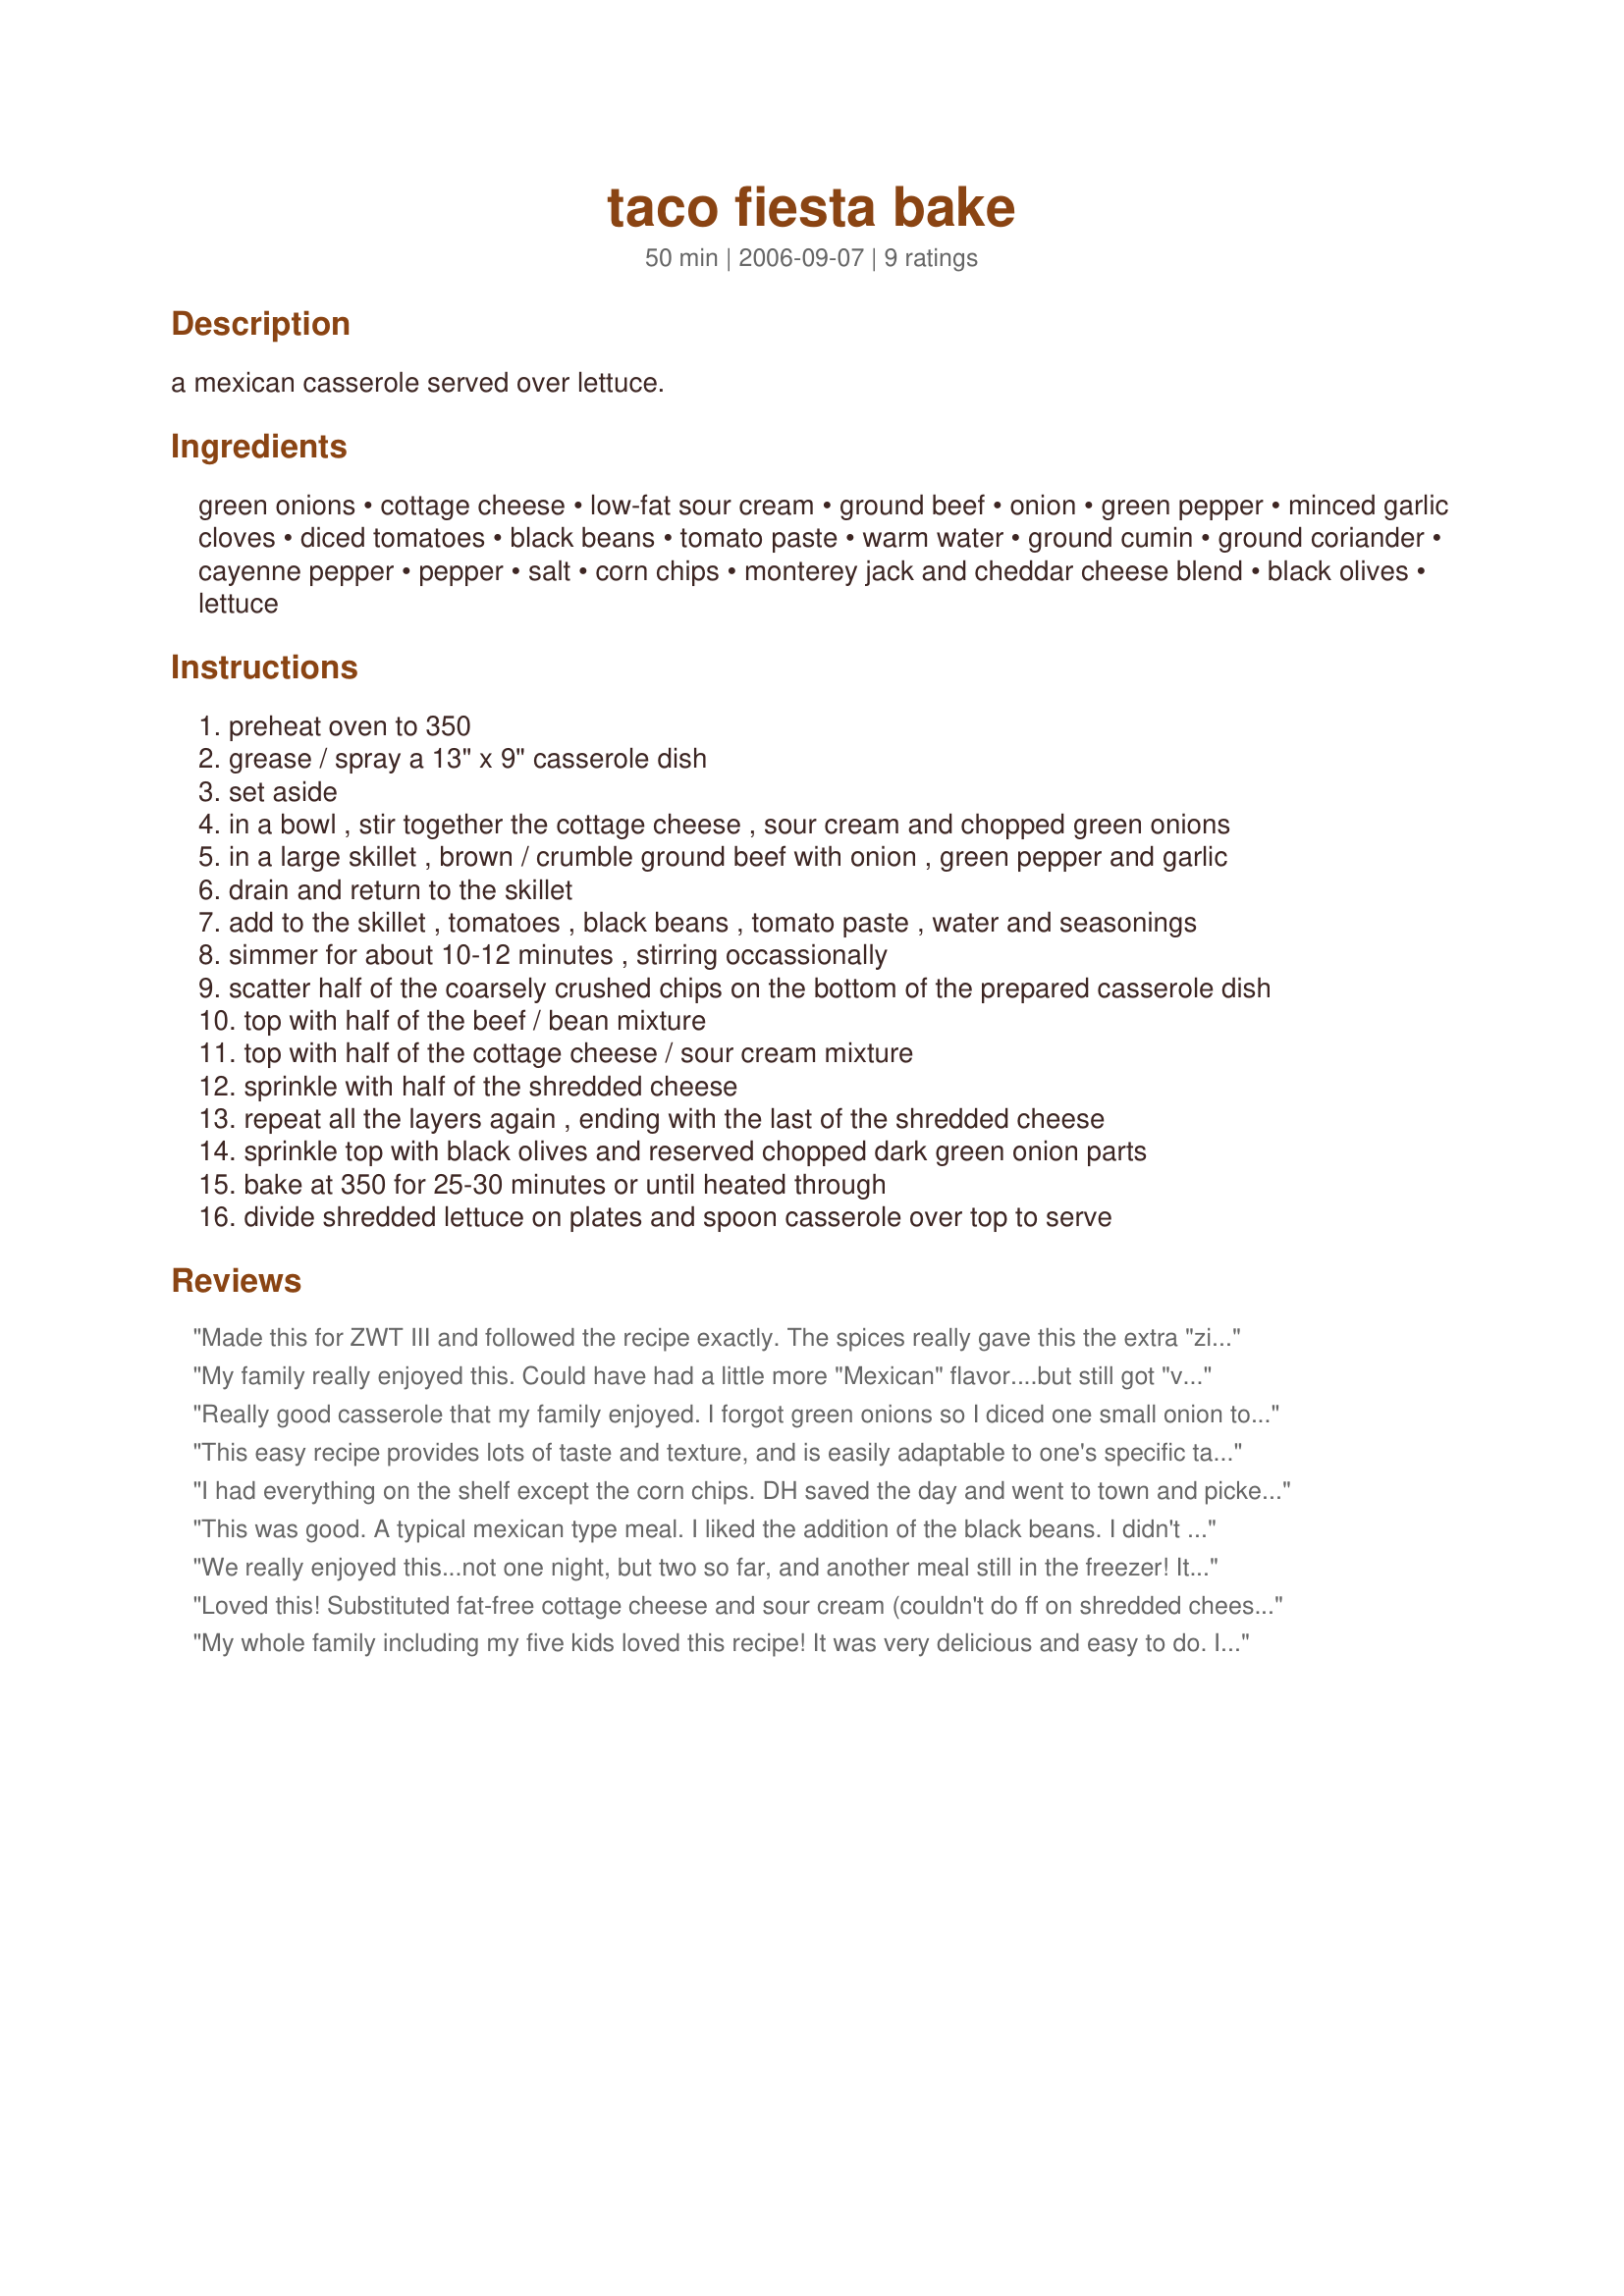
taco fiesta bake
Preparation time: 50 minutes

a mexican casserole served over lettuce.

Ingredients:
green onions, cottage cheese, low-fat sour cream, ground beef, onion, green pepper, minced garlic cloves, diced tomatoes, black beans, tomato paste, warm water, ground cumin, ground coriander, cayenne pepper, pepper, salt, corn chips, monterey jack and cheddar cheese blend, black olives, lettuce

Steps:
preheat oven to 350
grease / spray a 13" x 9" casserole dish
set aside
in a bowl , stir together the cottage cheese , sour cream and chopped green onions
in a large skillet , brown / crumble ground beef with onion , green pepper and garlic
drain and return to the skillet
add to the skillet , tomatoes , black beans , tomato paste , water and seasonings
simmer for about 10-12 minutes , stirring occassionally
scatter half of the coarsely crushed chips on the bottom of the prepared casserole dish
top with half of the beef / bean mixture
top with half of the cottage cheese / sour cream mixture
sprinkle with half of the shredded cheese
repeat all the layers again , ending with the last of the shredded cheese
sprinkle top with black olives and reserved chopped dark green onion parts
bake at 350 for 25-30 minutes or until heated through
divide shredded lettuce on plates and spoon casserole over top to serve

Reviews:
Made this for ZWT III and followed the recipe exactly. The spices really gave this the extra "zing" that my husband loves. I used the new roasted corn Fritoes which also added a little exta to the recipe.

My picky kids really liked it as did my husband who will eat anything. I enjoyed it and actually had someone request the recipe from me before I got it completely put together.

Most certainly a keeper in my book.

Thanks Parsley.
My family really enjoyed this. Could have had a little more "Mexican" flavor....but still got "very goods" from the six of us at supper tonight. Thanks Parsley. PS Served this w/yellow rice and not lettuce.
Really good casserole that my family enjoyed. I forgot green onions so I diced one small onion to put in the cottage cheese and sour cream mixture. Omitted the green pepers and using the Kitchen Information Reference Forum's A to Z Substitution list added lemon pepper and a sprinkle of sage for the coriander. The cayenne pepper I used red pepper flakes and plain tortilla chips. Very easy and quick to put together so would make a nice weeknight meal. Thank you Parsley! Made and reviewed for ZWT5, Bodacious Brickhouse Babes team.
This easy recipe provides lots of taste and texture, and is easily adaptable to one's specific taste. I loved it, and it is now the casserole I take to those who need a meal. Serving over crunchy iceburg lettuce is great - softer lettuces do not work as well. I've frozen a portion to see how well it holds up in the freezer, as I'd like to add it to my OAMC recipes. Thanks for the recipe.
I had everything on the shelf except the corn chips. DH saved the day and went to town and picked up a bag for me. By the time he returned I was ready for them. It went quickly together and into a 375 oven just because I used my stoneware to bake it in. The larger amount of cayenne was just perfect for us. Thank you. Made during * Zaar World Tour 5* 2009 game for team *Genies of Gourmet*
This was good. A typical mexican type meal. I liked the addition of the black beans. I didn't have cottage cheese, so I used ricotta. It comes across as kind of a mexican lasagne.
We really enjoyed this...not one night, but two so far, and another meal still in the freezer! It is hard to halve some recipes....well, not hard, but I don't like 1/2 cans of things left over. Sooooo....I made the whole recipe and glad I did.
I followed the recipe pretty well exactly, except I don't use low-fat anything (my liver wishes I did!) and the only cheese I had was cheddar.
It all worked out very well.
Thanks Parsley!
Loved this! Substituted fat-free cottage cheese and sour cream (couldn't do ff on shredded cheese) - but other than that I followed exactly and it was tremendous! Thanks for posting this one - a keeper!
My whole family including my five kids loved this recipe! It was very delicious and easy to do. I did make a few changes, however. I can't have corn, so instead of chips I used flour tortillas. Instead of the cottage cheese which I don't like, I used ricotta cheese. It was absolutely wonderful! My kids asked for seconds and said they wanted the leftovers for lunch the next day, lol.
